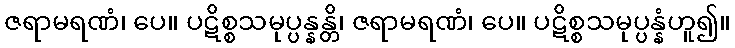
ဇရာမရဏံ၊ ပေ။ ပဋိစ္စသမုပ္ပန္နန္တိ၊ ဇရာမရဏံ၊ ပေ။ ပဋိစ္စသမုပ္ပန္နံဟူ၍။